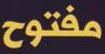
مفتوح